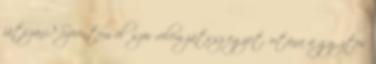
játszani? Szerintem először velem játssz egyet, utána a győztes